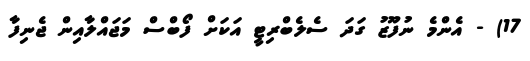
17) - އެންމެ ނުފޫޒު ގަދަ ސެލެބްރިޓީ އަކަށް ފޯބްސް މަޖައްލާއިން ޖެނިފާ